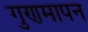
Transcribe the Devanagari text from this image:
गुणमापन